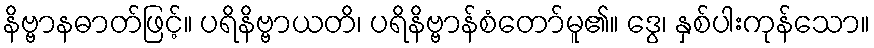
နိဗ္ဗာနဓာတ်ဖြင့်။ ပရိနိဗ္ဗာယတိ၊ ပရိနိဗ္ဗာန်စံတော်မူ၏။ ဒွေ၊ နှစ်ပါးကုန်သော။